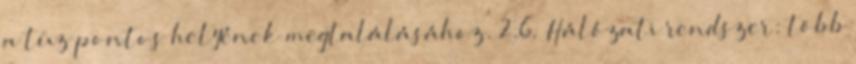
a tûz pontos helyének megtalálásához. 2.6. Hálózati rendszer: több